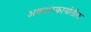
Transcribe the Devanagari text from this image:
अवतारकार्यातील